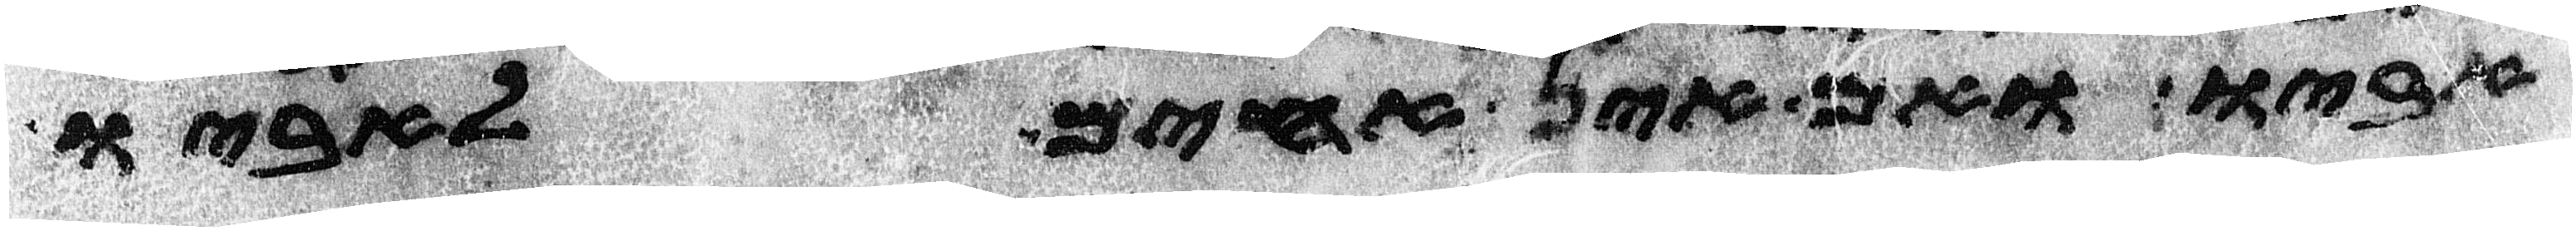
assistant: אביו ואם אין אחים לאביו